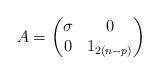
LaTeX: \begin{align*}A = \begin{pmatrix}\sigma & 0 \\0 & 1_{2(n-p)}\end{pmatrix}\end{align*}